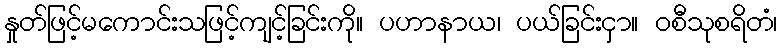
နှုတ်ဖြင့်မကောင်းသဖြင့်ကျင့်ခြင်းကို။ ပဟာနာယ၊ ပယ်ခြင်းငှာ။ ဝစီသုစရိတံ၊